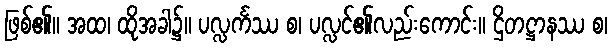
ဖြစ်၏။ အထ၊ ထိုအခါ၌။ ပလ္လင်္ကဿ စ၊ ပလ္လင်၏လည်းကောင်း။ ဌိတဋ္ဌာနဿ စ၊